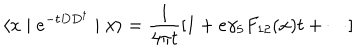
\langle x \mid e ^ { - t D D ^ { \dagger } } \mid x \rangle = \frac { 1 } { 4 \pi t } [ 1 + e \gamma _ { 5 } F _ { 1 2 } ( x ) t + \cdots ]